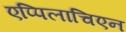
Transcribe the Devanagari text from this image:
एप्पिलाचिएन